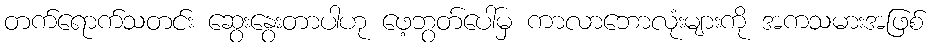
တက်ရောက်သတင်း ဆွေးနွေးတာပါဟု ဖေ့ဘွတ်ပေါ်မှ ကာလာဘောလုံးများကို အကသမားအဖြစ်